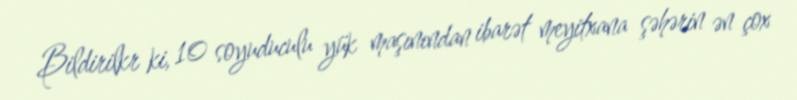
Bildirilkr ki, 10 soyuduculu yük maşınından ibarət meyitxana şəhərin ən çox